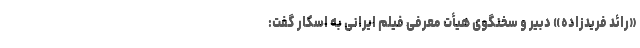
«رائد فریدزاده» دبیر و سخنگوی هیأت معرفی فیلم ایرانی به اسکار گفت: